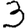
Digit: 3